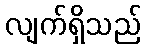
လျက်ရှိသည်